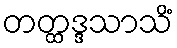
တတ္ထဒ္ဒသာသိံ